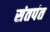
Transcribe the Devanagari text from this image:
संतपंत